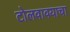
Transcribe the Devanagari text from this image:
टोलवावयाचा